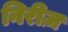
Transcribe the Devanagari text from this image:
निरीज़